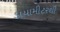
ડાયામીટરથી